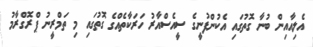
އެލިއާއިން ބުނާ ގޮތުގައި އެކުންފުނީގެ ސީއެސްއާރު ހަރަކާތެއްގެ ގޮތުގައި މި ތަމްރީނު ޕްރޮގްރާމު